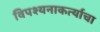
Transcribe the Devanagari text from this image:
विपश्यनाकर्त्याचा